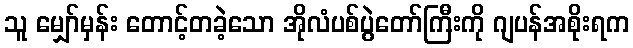
သူ မျှော်မှန်း တောင့်တခဲ့သော အိုလံပစ်ပွဲတော်ကြီးကို ဂျပန်အစိုးရက